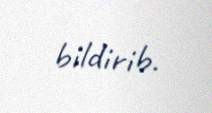
bildirib.